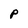
Character: P